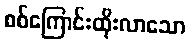
စစ်ကြောင်းထိုးလာသော